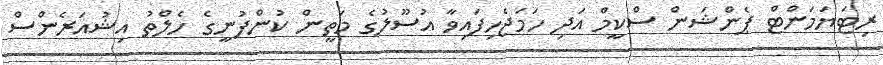
ރިޓަޔަމަންޓް ޕެންޝަން ސްކީމް އަދި ހަމަޖެހިފައިވާ އުސޫލުގެ މަތީން ކުންފުނީގެ ހެލްތު އިޝުއަރެންސް